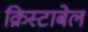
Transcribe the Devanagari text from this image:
क्रिस्टाबेल